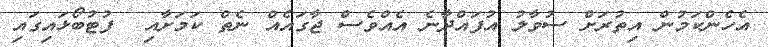
އެހެންކަމުން އިތުރަށް ސުވާލު އުފައްދާނެ އެއްވެސް ޖާގައެއް ނެތް ކަމަށާއި  ފުޓުބޯޅައިގައި